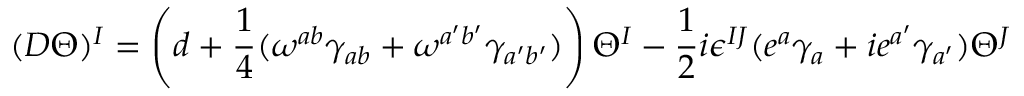
( D \Theta ) ^ { I } = \left( d + { \frac { 1 } { 4 } } ( \omega ^ { a b } \gamma _ { a b } + \omega ^ { a ^ { \prime } b ^ { \prime } } \gamma _ { a ^ { \prime } b ^ { \prime } } ) \right) \Theta ^ { I } - { \frac { 1 } { 2 } } i \epsilon ^ { I J } ( e ^ { a } \gamma _ { a } + i e ^ { a ^ { \prime } } \gamma _ { a ^ { \prime } } ) \Theta ^ { J }